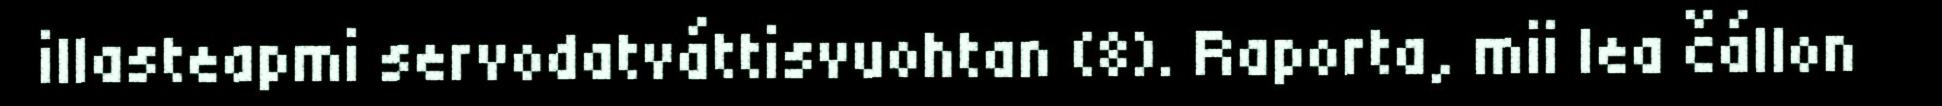
illasteapmi servodatváttisvuohtan (8). Raporta, mii lea čállon